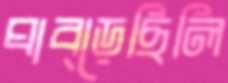
ঘাব্‌ড়েছিলি